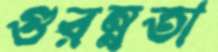
গুরম্নতা